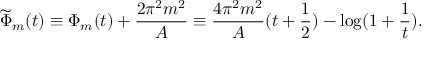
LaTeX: \widetilde { \Phi } _ { m } ( t ) \equiv \Phi _ { m } ( t ) + \frac { 2 \pi ^ { 2 } m ^ { 2 } } { A } \equiv \frac { 4 \pi ^ { 2 } m ^ { 2 } } { A } ( t + \frac { 1 } { 2 } ) - \log ( 1 + \frac { 1 } { t } ) .